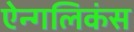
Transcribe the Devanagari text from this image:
ऐन्गलिकंस